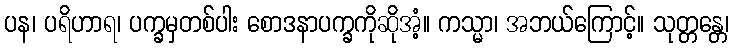
ပန၊ ပရိဟာရ၊ ပက္ခမှတစ်ပါး စောဒနာပက္ခကိုဆိုအံ့။ ကသ္မာ၊ အဘယ်ကြောင့်။ သုတ္တန္တေ၊